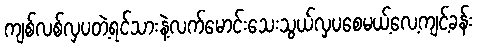
ကျစ်လစ်လှပတဲ့ရင်သားနဲ့လက်မောင်းသေးသွယ်လှပစေမယ့်လေ့ကျင့်ခန်း